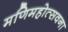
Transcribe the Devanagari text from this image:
मणिमहोत्सवना